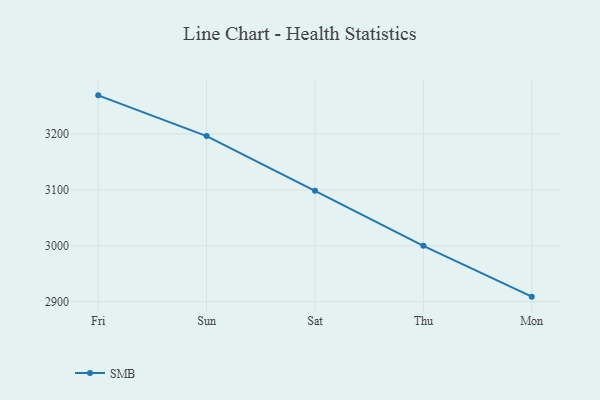
{"axis": {"x": "Day", "y": "Production Output"}, "legend": ["SMB"], "data": [{"x": "Fri", "y": 3268.9, "type": "SMB"}, {"x": "Sun", "y": 3196.1, "type": "SMB"}, {"x": "Sat", "y": 3098.2, "type": "SMB"}, {"x": "Thu", "y": 2999.9, "type": "SMB"}, {"x": "Mon", "y": 2909.0, "type": "SMB"}]}